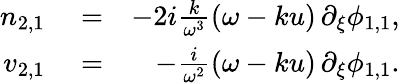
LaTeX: \begin{array}{rlr}{n_{2,1}}&{{}=}&{-2i\frac{k}{\omega^{3}}(\omega-ku)\, \partial_{\xi}\phi_{1,1},}\\ {v_{2,1}}&{{}=}&{-\frac{i}{\omega^{2}}(\omega-ku)\, \partial_{\xi}\phi_{1,1}.}\end{array}